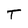
Character: T